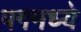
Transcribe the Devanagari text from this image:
पगमध्ये